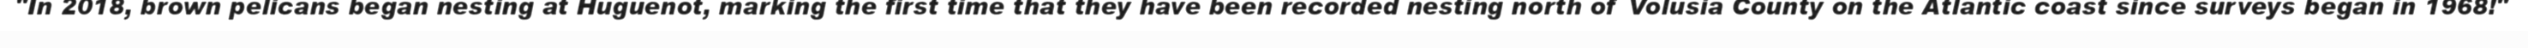
"In 2018, brown pelicans began nesting at Huguenot, marking the first time that they have been recorded nesting north of Volusia County on the Atlantic coast since surveys began in 1968!"